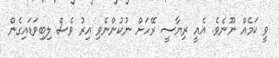
ވީ ކަމެއް ނޫނެވެ. އެއީ ރިޔާސީ ރޭހަށް ނުކުންނެވި އިރު ވެސް ލިބިވަޑައިގެން